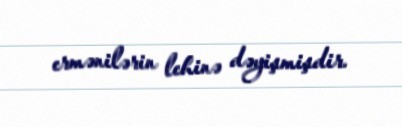
ermənilərin lehinə dəyişmişdir.